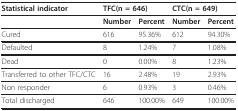
| Statistical indicator | <COLSPAN=2> TFC(n = 646) | <COLSPAN=2> CTC(n = 649) |
 | --- | --- | --- | --- | --- |
 |  | Number | Percent | Number | Percent |
 | Cured | 616 | 95.36% | 612 | 94.30% |
 | Defaulted | 8 | 1.24% | 7 | 1.08% |
 | Dead | 0 | 0.00% | 8 | 1.23% |
 | Transferred to other TFC/CTC | 16 | 2.48% | 19 | 2.93% |
 | Non responder | 6 | 0.93% | 3 | 0.46% |
 | Total discharged | 646 | 100.00% | 649 | 100.00% |